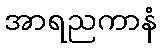
အာရညကာနံ